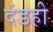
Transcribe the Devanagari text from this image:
दंडही